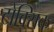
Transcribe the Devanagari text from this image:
टोक्सिक